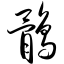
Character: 鹘